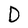
Character: D